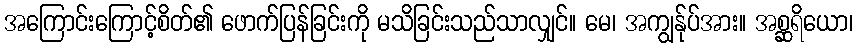
အကြောင်းကြောင့်စိတ်၏ ဖောက်ပြန်ခြင်းကို မသိခြင်းသည်သာလျှင်။ မေ၊ အကျွန်ုပ်အား။ အစ္ဆရိယော၊